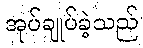
အုပ်ချုပ်ခဲ့သည်